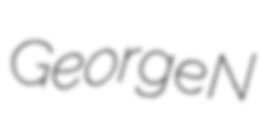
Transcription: George N